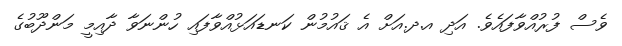
ވެސް ފުރުއްވާފައެވެ. އަދި އ.ދ.އަށް އެ ޤައުމުން ކަނޑައަޅުއްވާފައި ހުންނަވާ ދާއިމީ މަންދޫބުގެ